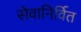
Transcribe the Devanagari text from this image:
सेवानिर्वित